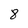
Character: 8